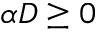
\alpha D \ge 0